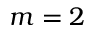
m = 2